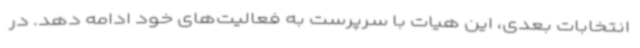
انتخابات بعدی، این هیات با سرپرست به فعالیت‌های خود ادامه دهد. در